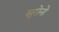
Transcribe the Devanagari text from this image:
सुरोनो